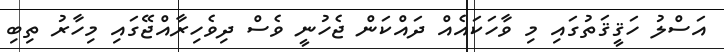
އަސްލު ހަޤީޤަތުގައި މި ވާހަކައެއް ދައްކަން ޖެހުނީ ވެސް ދިވެހިރާއްޖޭގައި މިހާރު ތިބި